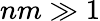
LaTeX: nm\gg 1